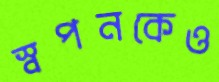
স্বপনকেও